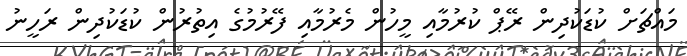
މައްޗަށް ކުޑަކުދިން ރޭޕް ކުރުމާއި މީހުން މެރުމާއި ފޭރުމުގެ އިތުރުން ކުޑަކުދިން ރަހީނު